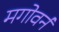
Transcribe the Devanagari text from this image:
मगोवर्न